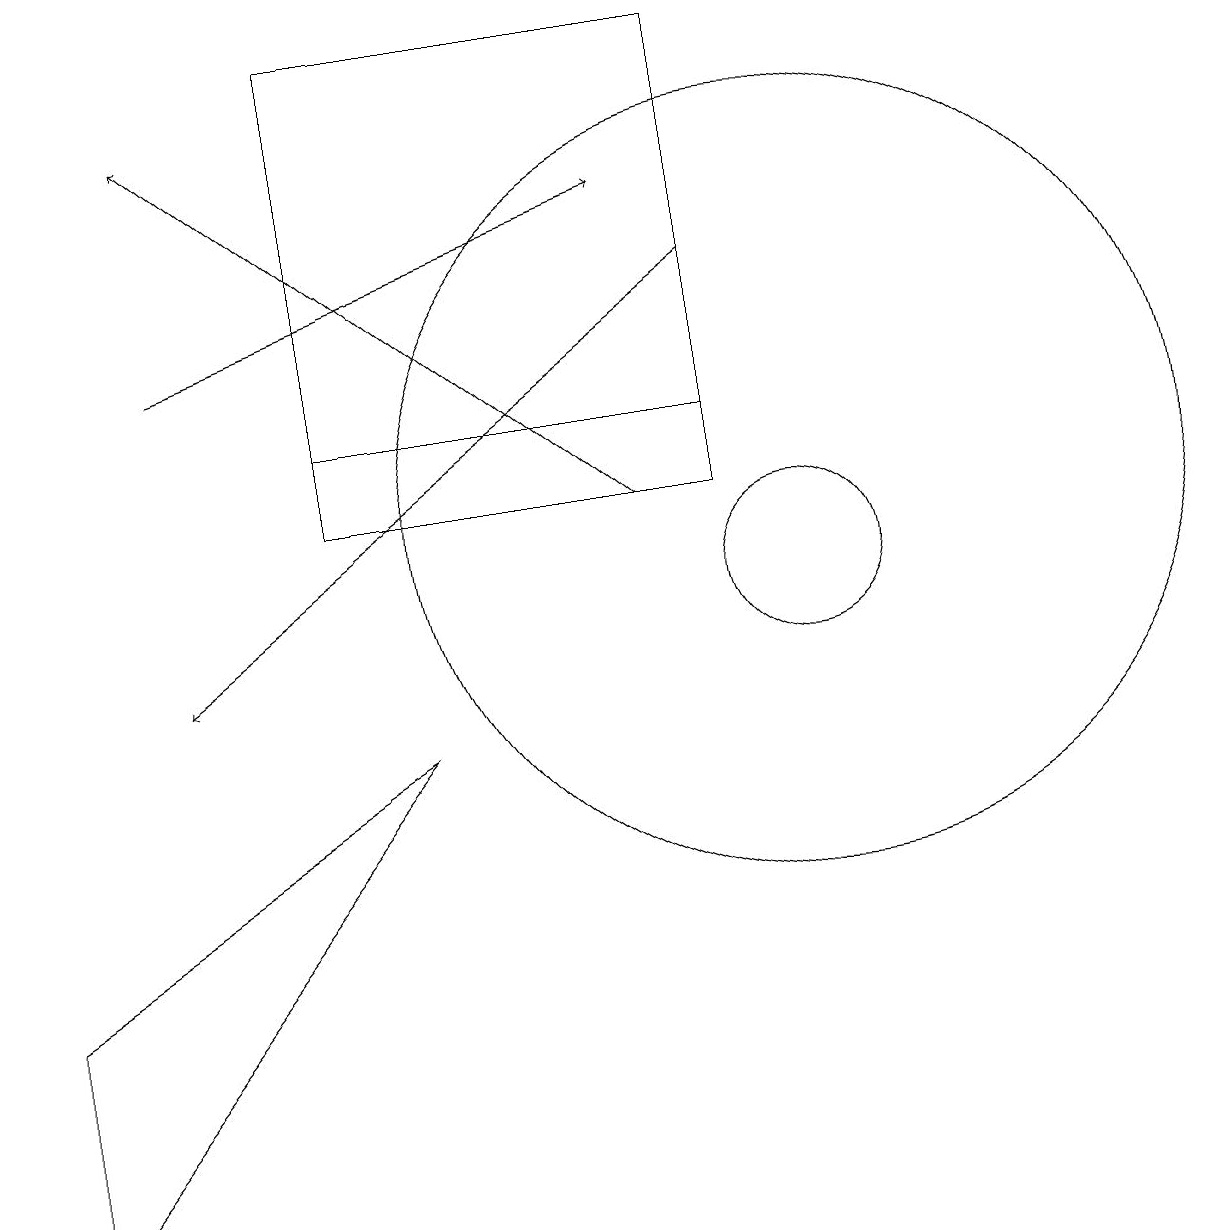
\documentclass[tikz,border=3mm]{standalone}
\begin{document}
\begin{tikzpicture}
\draw (9,12) rectangle (4,13);
\draw (4,18) rectangle (9,13);
\draw[->] (9,15) -- (2,10);
\draw[->] (2,14) -- (8,16);
\draw[->] (8,12) -- (2,17);
\draw (0,3) -- (0,6) -- (5,9) -- cycle;
\draw (10,12) circle (5);
\draw (10,11) circle (1);
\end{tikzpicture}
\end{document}